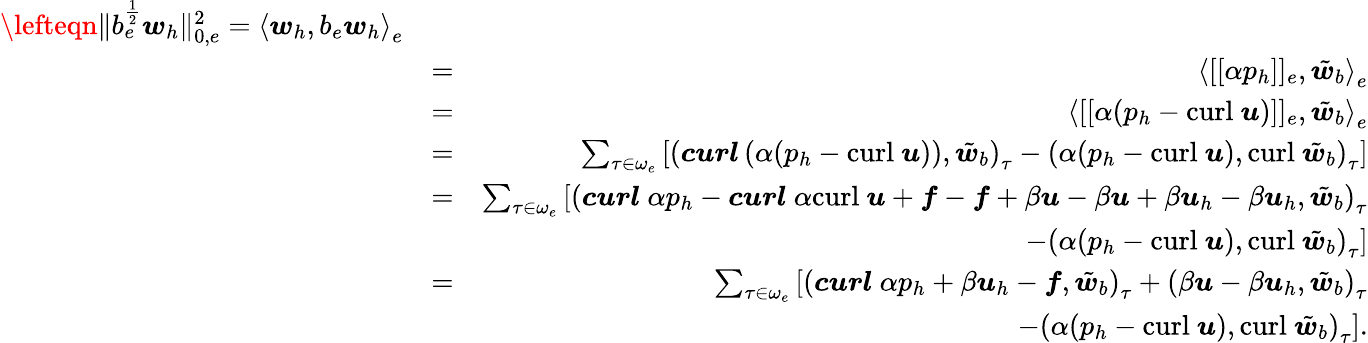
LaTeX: \begin{array}{rlr}{\lefteqn{\| b_{e}^{\frac{1}{2}}\boldsymbol{w}_{h}\| _{0,e}^{2}=\left\langle\boldsymbol{w}_{h},b_{e}\boldsymbol{w}_{h}\right\rangle_{e}}}\\ &{=}&{\left\langle[[\alpha{p}_{h}]]_{e},\tilde{\boldsymbol{w}}_{b}\right\rangle_{e}}\\ &{=}&{\left\langle[[\alpha(p_{h}-\mathrm{curl}~\boldsymbol{u})]]_{e},\tilde{\boldsymbol{w}}_{b}\right\rangle_{e}}\\ &{=}&{\sum_{\tau\in\omega_{e}}\left[\left(\boldsymbol{curl}\left(\alpha(p_{h}-\mathrm{curl}~\boldsymbol{u})\right),\tilde{\boldsymbol{w}}_{b}\right)_{\tau}-\left(\alpha(p_{h}-\mathrm{curl}~\boldsymbol{u}),\mathrm{curl}~\tilde{\boldsymbol{w}}_{b}\right)_{\tau}\right]}\\ &{=}&{\sum_{\tau\in\omega_{e}}\left[\left(\boldsymbol{curl}~\alpha p_{h}-\boldsymbol{curl}~\alpha\mathrm{curl}~\boldsymbol{u}+\boldsymbol{f}-\boldsymbol{f}+\beta\boldsymbol{u}-\beta\boldsymbol{u}+\beta\boldsymbol{u}_{h}-\beta\boldsymbol{u}_{h},\tilde{\boldsymbol{w}}_{b}\right)_{\tau}\right.}\\ &{}&{\left.-\left(\alpha(p_{h}-\mathrm{curl}~\boldsymbol{u}),\mathrm{curl}~\tilde{\boldsymbol{w}}_{b}\right)_{\tau}\right]}\\ &{=}&{\sum_{\tau\in\omega_{e}}\left[\left(\boldsymbol{curl}~\alpha p_{h}+\beta\boldsymbol{u}_{h}-\boldsymbol{f},\tilde{\boldsymbol{w}}_{b}\right)_{\tau}+\left(\beta\boldsymbol{u}-\beta\boldsymbol{u}_{h},\tilde{\boldsymbol{w}}_{b}\right)_{\tau}\right.}\\ &{}&{\left.-\left(\alpha(p_{h}-\mathrm{curl}~\boldsymbol{u}),\mathrm{curl}~\tilde{\boldsymbol{w}}_{b}\right)_{\tau}\right].}\end{array}